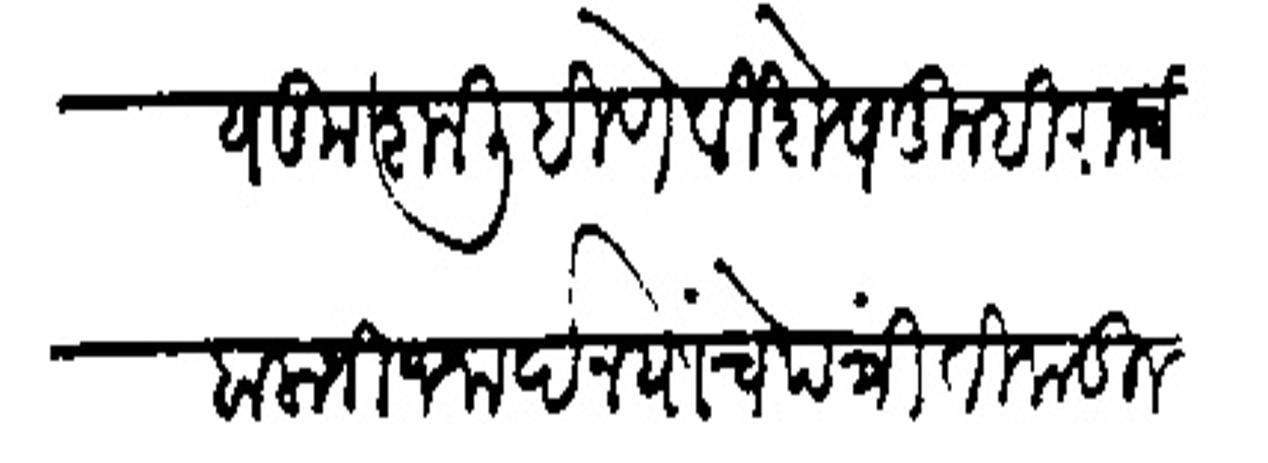
Transliteration (Devanagari): स्वकीय कुशल लिहिणे विशेष तुम्ही राजश्री बालाजी जनार्दन यांचि पत्री तिकडील